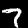
Label: 7